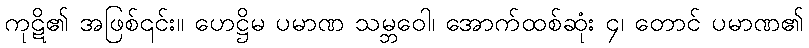
ကုဋိ၏ အဖြစ်၎င်း။ ဟေဋ္ဌိမ ပမာဏ သမ္ဘဝေါ၊ အောက်ထစ်ဆုံး ၄၊ တောင် ပမာဏ၏